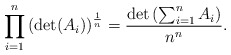
\begin{align*} \prod_{i=1}^{ n} \left( \det (A_i ) \right) ^\frac{1}{n} = \frac{\det \left(\sum_{i=1}^n A_i\right) }{n^n}.\end{align*}